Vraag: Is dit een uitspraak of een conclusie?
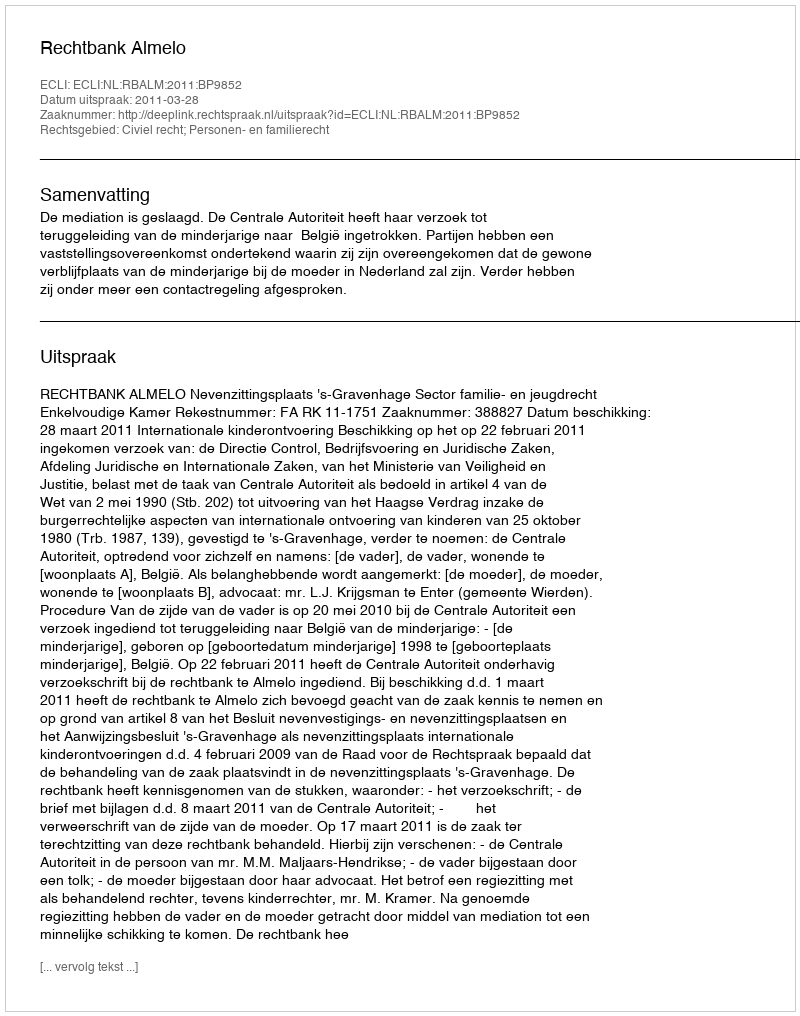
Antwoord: Uitspraak